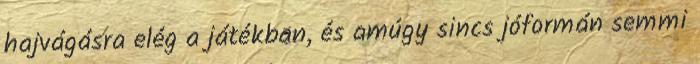
hajvágásra elég a játékban, és amúgy sincs jóformán semmi